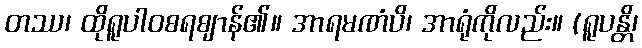
တဿ၊ ထိုရူပါဝစရဈာန်၏။ အာရမဏံပိ၊ အာရုံကိုလည်း။ (ရူပန္တိ၊